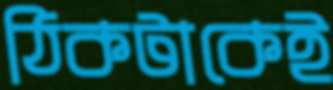
ঠিকটাকেই